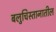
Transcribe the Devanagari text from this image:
बलुचिस्तानातील